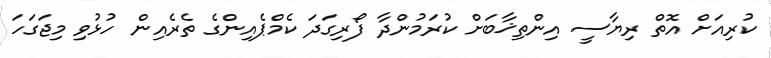
ކުރިއަށް އޮތް ރިޔާސީ އިންތިޚާބަށް ކުރަމުންދާ ފޯރިގަދަ ކެމްޕެއިންގެ ތެރެއިން ހުޅުވި މިޖަގަހަ